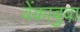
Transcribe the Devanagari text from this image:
वेंकाबुवा